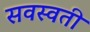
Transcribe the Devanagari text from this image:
सवस्वती